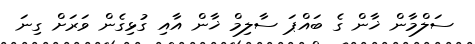
ސަލްމާން ޚާން ގެ ބައްޕަ ސާލިމް ޚާން އާއި ގުޅިގެން ވަރަށް ގިނަ